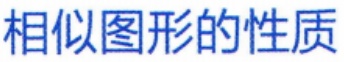
相似图形的性质